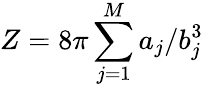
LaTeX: Z=8\pi\sum_{j=1}^{M}{a_{j}/b_{j}^{3}}